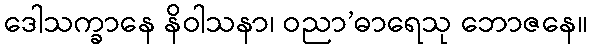
ဒေါသက္ခာနေ နိဝါသနာ၊ ဝညာ’ဓာရေသု ဘောဇနေ။